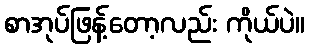
စာအုပ်ဖြန့်တော့လည်း ကိုယ်ပဲ။